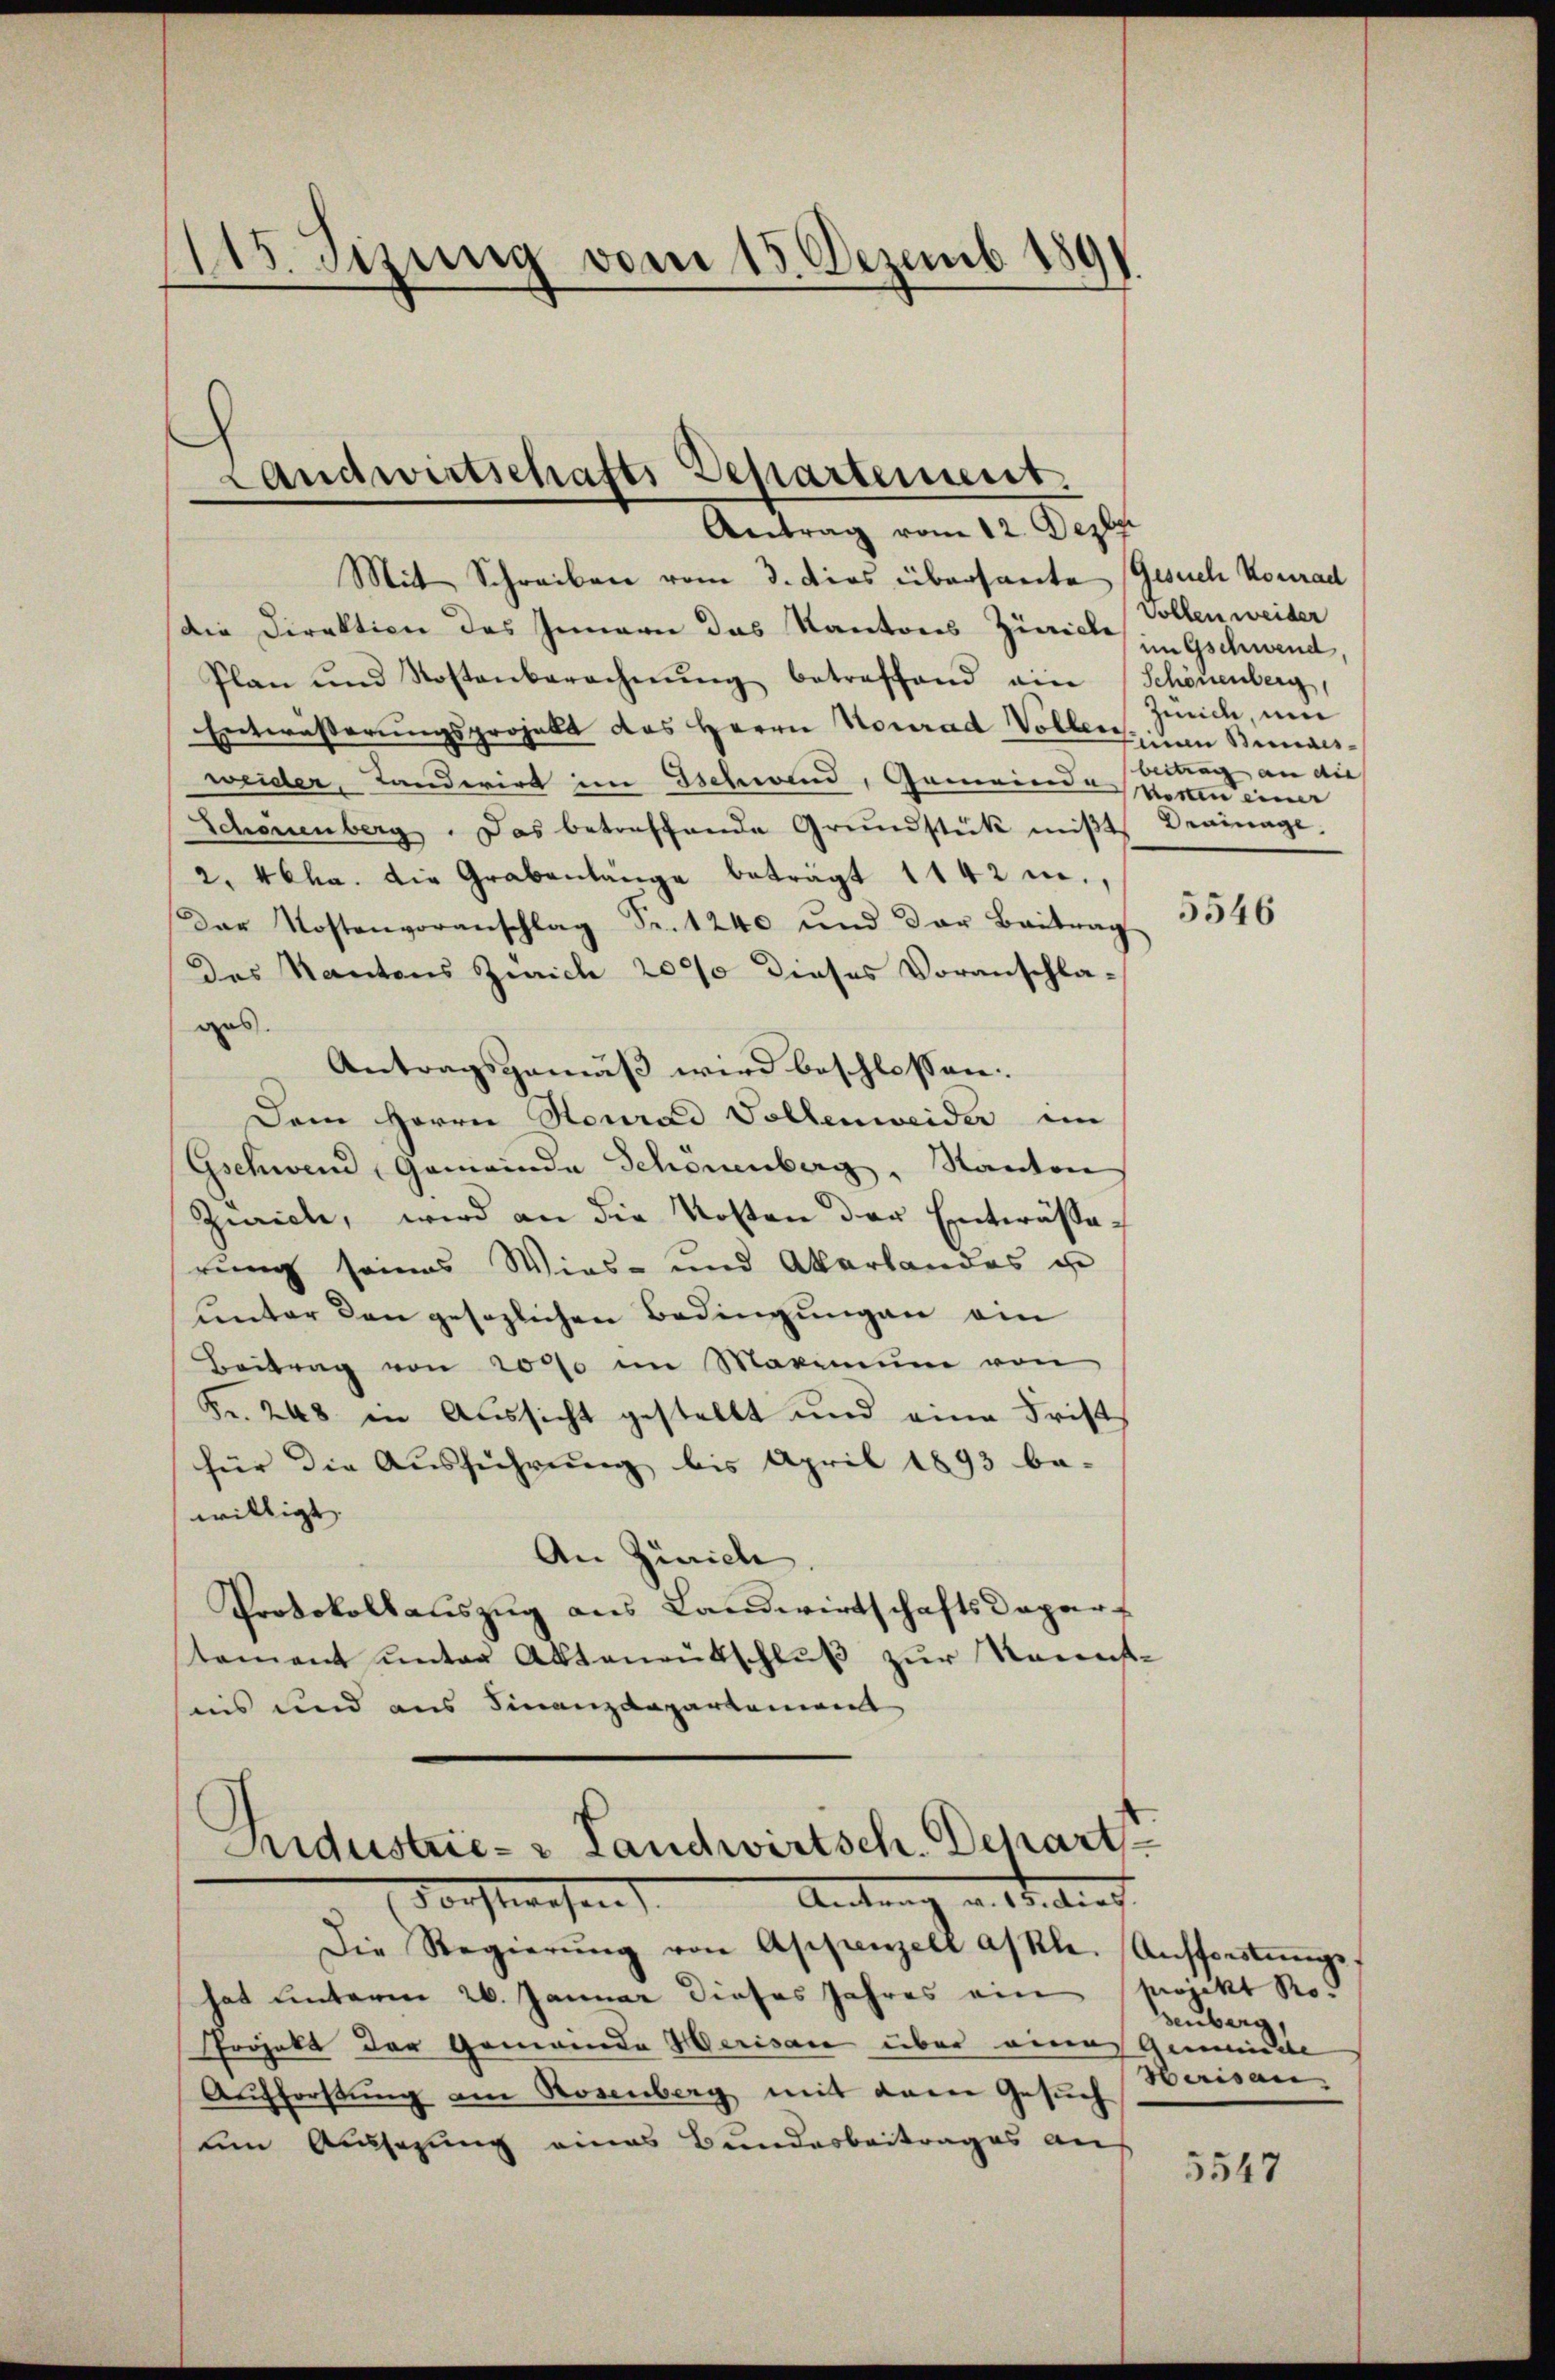
1115. Sizung vom 15. Dezemb. 1891
.

Landwirtschafts-Departement.
Antrag vom 12. Dezbr.

Mit Schreiben vom 3. dies übersante Gesuch Konrad
die Direktion des Innern das Kantons Zürich in Gschwend,
Plan und Kostenberechnŭng betreffend ein Schönenberg,
Entwässerungsprojekt das Herrn Konrad Vollereine Bemals
weider, Landwirt im schwend, Gemeinde vorten einer
Schönenberg. Das betreffende Grŭndstück miβt Brainage,
2. Cha. die Grabenlänge beträgt 1142 m.,
Dar Kostenvoranschlag Fr. 1240 und der Beitrag
Des Kantons Zürich 2000 dieses Voranschla-
aas.
Antragsgemäß wird beschlossen:
Dem Herrn Heurad Vollenweider im
Gschwend, Gemeinde Schönenberg, Kanton
Zürich, wird an die Kosten der Entwässerung seines Wies- und Akerlandos u
unter den gesezlichen Bedingungen ein
Beitrag von 20% im Maximum von
Fr. 248 in Aussicht gestellt und eine Fristfür die Ausführung bis April 1893 be-
willigt.
An Zürich
Protokollauszug aus Landwirtschaftsdepart
tament unter Aktenentschluß zur Raunst-
suis und aus Finanzdepartenannt

Aidustrie- & Landwirtsch. Depart
vorstwesen
Amte Straf

Die Regierŭng von Appenzell a/kle. Aufforstŭngs-
hat unterm 26. Januar dieses Jahres ein Projekt Ros
Projekt der Gemeinde Herisau über einer Gemeinde
Aufforstung am Rosenberg mit dem Gesuch
tem Aussagung eines Bundesbeitrages auf

Sollen weider
zend, um
beitrag an die

5546

enberg,
Herisau.

5547